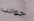
جوانب